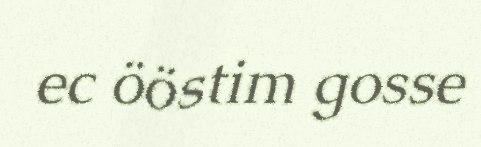
ec ööstim gosse